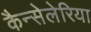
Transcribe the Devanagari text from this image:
कैन्सेलेरिया